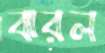
ঝরল